Report of the Indian Hemp Drugs Commission, 1894-1895 - Volume V
Year: 1894
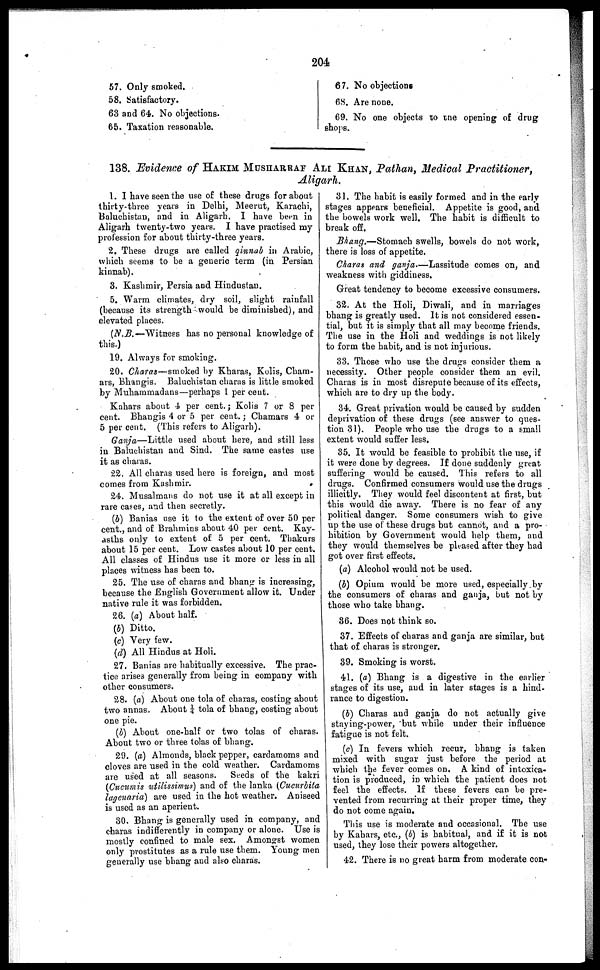
204
57. Only smoked.
58. Satisfactory.
63 and 64. No objections.
65. Taxation reasonable.
67. No objections
68. Are none.
69. No one objects to the opening of drug
shops.
138. Evidence of HAKIM MUSHARRAF ALI KHAN, Pathan, Medical Practitioner,
Aligarh.
1. I have seen the use of these drugs for about
thirty-three years in Delhi, Meerut, Karachi,
Baluchistan, and in Aligarh. I have been in
Aligarh twenty-two years. I have practised my
profession for about thirty-three years.
2. These drugs are called qinnab in Arabic,
which seems to be a generic term (in Persian
kinnab).
3. Kashmir, Persia and Hindustan.
5. Warm climates, dry soil, slight rainfall
(because its strength would be diminished), and
elevated places.
(N.B.—Witness has no personal knowledge of
this.)
19. Always for smoking.
20. Charas—smoked by Kharas, Kolis, Cham-
ars, Bhangis. Baluchistan charas is little smoked
by Muhammadans—perhaps 1 per cent.
Kahars about 4 per cent. ; Kolis 7 or 8 per
cent. Bhangis 4 or 5 per cent. ; Chamars 4 or
5 per cent. (This refers to Aligarh).
Ganja—Little used about here, and still less
in Baluchistan and Sind. The same castes use
it as charas.
22, All charas used here is foreign, and most
comes from Kashmir.
24. Musalmans do not use it at all except in
rare cases, and then secretly.
(b) Banias use it to the extent of over 50 per
cent., and of Brahmins about 40 per cent. Kay-
asths only to extent of 5 per cent. Thakurs
about 15 per cent. Low castes about 10 per cent.
All classes of Hindus use it more or less in all
places witness has been to.
25. The use of charas and bhang is increasing,
because the English Government allow it. Under
native rule it was forbidden.
26. (a) About half.
(b) Ditto.
(c) Very few.
(d) All Hindus at Holi.
27. Banias are habitually excessive. The prac-
tice arises generally from being in company with
other consumers.
28. (a) About one tola of charas, costing about
two annas. About ¼ tola of bhang, costing about
one pie.
(b) About one-half or two tolas of charas.
About two or three tolas of bhang.
29. (a) Almonds, black pepper, cardamoms and
cloves are used in the cold weather. Cardamoms
are used at all seasons. Seeds of the kakri
(Cucumis utilissimus) and of the lanka (Cucurbita
lagenaria) are used in the hot weather. Aniseed
is used as an aperient.
30. Bhang is generally used in company, and
charas indifferently in company or alone. Use is
mostly confined to male sex. Amongst women
only prostitutes as a rule use them. Young men
generally use bhang and also charas.
31. The habit is easily formed and in the early
stages appears beneficial. Appetite is good, and
the bowels work well. The habit is difficult to
break off.
Bhang.—Stomach swells, bowels do not work,
there is loss of appetite.
Charas and ganja.—Lassitude comes on, and
weakness with giddiness.
Great tendency to become excessive consumers.
32. At the Holi, Diwali, and in marriages
bhang is greatly used. It is not considered essen-
tial, but it is simply that all may become friends.
The use in the Holi and weddings is not likely
to form the habit, and is not injurious.
33. Those who use the drugs consider them a
necessity. Other people consider them an evil.
Charas is in most disrepute because of its effects,
which are to dry up the body.
34. Great privation would be caused by sudden
deprivation of these drugs (see answer to ques-
tion 31). People who use the drugs to a small
extent would suffer less,
35. It would be feasible to prohibit the use, if
it were done by degrees. If done suddenly great
suffering would be caused. This refers to all
drugs. Confirmed consumers would use the drugs
illicitly. They would feel discontent at first, but
this would die away. There is no fear of any
political danger. Some consumers wish to give
up the use of these drugs but cannot, and a pro-
hibition by Government would help them, and
they would themselves be pleased after they had
got over first effects.
(a) Alcohol would not be used.
(b) Opium would be more used, especially by
the consumers of charas and ganja, but not by
those who take bhang.
36. Does not think so.
37. Effects of charas and ganja are similar, but
that of charas is stronger.
39. Smoking is worst.
41. (a) Bhang is a digestive in the earlier
stages of its use, and in later stages is a hind-
rance to digestion.
(b) Charas and ganja do not actually give
staying-power, but while under their influence
fatigue is not felt.
(c) In fevers which recur, bhang is taken
mixed with sugar just before the period at
which the fever comes on, A kind of intoxica-
tion is produced, in which the patient does not
feel the effects. If these fevers can be pre-
vented from recurring at their proper time, they
do not come again.
This use is moderate and occasional. The use
by Kahars, etc., (b) is habitual, and if it is not
used, they lose their powers altogether.
42. There is no great harm from moderate con-